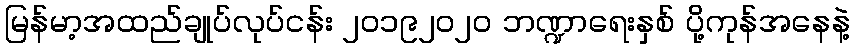
မြန်မာ့အထည်ချုပ်လုပ်ငန်း ၂၀၁၉၂၀၂၀ ဘဏ္ဍာရေးနှစ် ပို့ကုန်အနေနဲ့